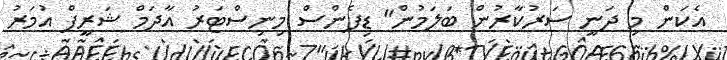
އެކަން މި ދަނީ ސަރުކާރުން ބަލަމުން" ޑިފެންސް މިނިސްޓަރު އާދަމް ޝަރީފް އުމަރު